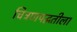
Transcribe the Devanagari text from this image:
चित्रणपद्धतीला